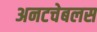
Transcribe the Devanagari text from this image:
अनटचेबलस